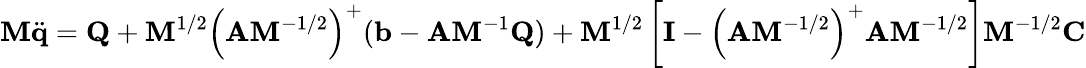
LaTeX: \mathbf{M}{\ddot{\mathbf{q}}}=\mathbf{Q}+\mathbf{M}^{1/2}\left(\mathbf{A}\mathbf{M}^{-1/2}\right)^{+}(\mathbf{b}-\mathbf{A}\mathbf{M}^{-1}\mathbf{Q})+\mathbf{M}^{1/2}\left[\mathbf{I}-\left(\mathbf{A}\mathbf{M}^{-1/2}\right)^{+}\mathbf{A}\mathbf{M}^{-1/2}\right]\mathbf{M}^{-1/2}\mathbf{C}